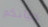
حياتكم